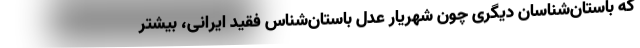
که باستان‌شناسان دیگری چون شهریار عدل باستان‌شناس فقید ایرانی، بیشتر